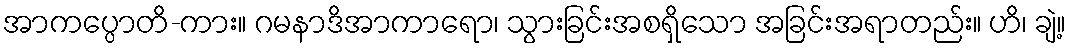
အာကပ္ပောတိ-ကား။ ဂမနာဒိအာကာရော၊ သွားခြင်းအစရှိသော အခြင်းအရာတည်း။ ဟိ၊ ချဲ့။